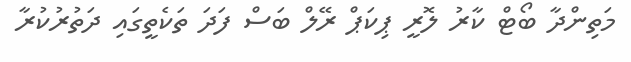
މަތިންދާ ބޯޓް ކާރު ލޮރީ ޕިކަޕް ރޭލް ބަސް ފަދަ ތަކެތީގައި ދަތުރުކުރާ